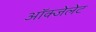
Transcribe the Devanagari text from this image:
ऑक्‍जेलेट